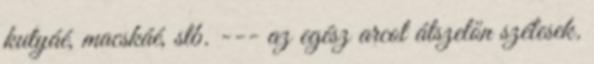
kutyáé, macskáé, stb. --- az egész arcot átszelőn szélesek.